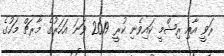
ރަވީ އާއި ރިޝްމީ ކައިވެނި ކުރީ 2019 ވަނަ އަހަރުގެ މާރޗް މަހުގެ